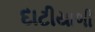
દાટીયાળી